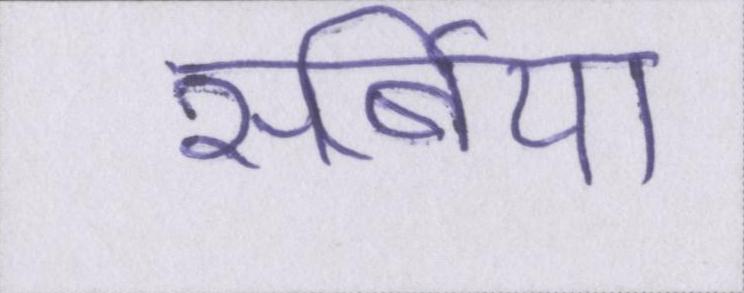
सर्बिया